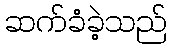
ဆက်ခံခဲ့သည်